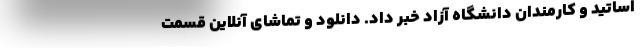
اساتید و کارمندان دانشگاه آزاد خبر داد. دانلود و تماشای آنلاین قسمت